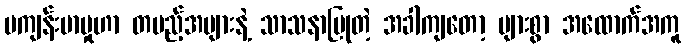
မကျန်းမာမှုဟာ တပည့်အများနဲ့ သာသနာပြုတဲ့ အခါကျတော့ များစွာ အထောက်အကူ